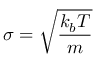
\sigma = \sqrt { \frac { k _ { b } T } { m } }